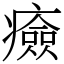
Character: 㿌